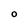
Character: O